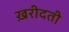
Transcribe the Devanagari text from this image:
ख़रीदती